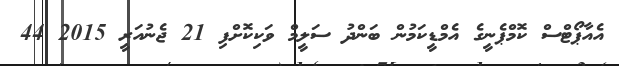
އެއާޕޯޓްސް ކޮމްޕެނީގެ އެމްޑީކަމުން ބަންދު ސަލީމް ވަކިކޮށްފި 21 ޖެނުއަރީ 2015 44